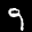
Label: 9